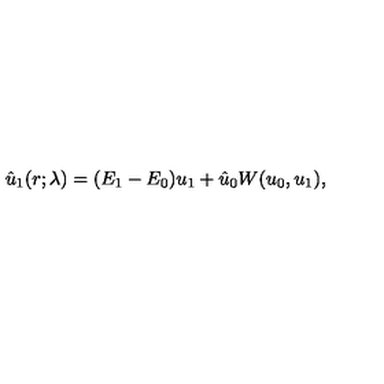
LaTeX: \hat { u } _ { 1 } ( r ; \lambda ) = ( E _ { 1 } - E _ { 0 } ) u _ { 1 } + \hat { u } _ { 0 } W ( u _ { 0 } , u _ { 1 } ) ,